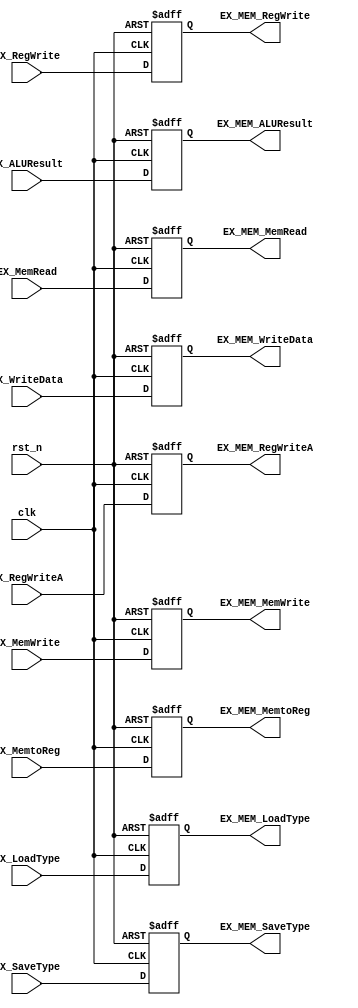
module EX_MEM(
	input clk,
	input rst_n,
	input EX_RegWrite,
	input EX_MemRead,
	input EX_MemWrite,
	input EX_MemtoReg,
	input [31:0]EX_WriteData,
	input [4:0]EX_RegWriteA,//
	input [31:0]EX_ALUResult,
	input [3:0]EX_LoadType,
	input [2:0]EX_SaveType,
	output reg EX_MEM_RegWrite,
	output reg EX_MEM_MemRead,
	output reg EX_MEM_MemWrite,
	output reg EX_MEM_MemtoReg,
	output reg [4:0]EX_MEM_RegWriteA,//
	output reg [31:0]EX_MEM_ALUResult,
	output reg [31:0]EX_MEM_WriteData,
	output reg [3:0]EX_MEM_LoadType,
	output reg [2:0]EX_MEM_SaveType
    );
always@(posedge clk or negedge rst_n)
	if(~rst_n) begin
		EX_MEM_RegWrite<=0;
		EX_MEM_MemRead<=0;
		EX_MEM_MemWrite<=0;
		EX_MEM_MemtoReg<=0;
		EX_MEM_RegWriteA<=0;
		EX_MEM_ALUResult<=0;
		EX_MEM_WriteData<=0;
		EX_MEM_LoadType<=0;
		EX_MEM_SaveType<=0;
	end
	else begin
		EX_MEM_RegWrite<=EX_RegWrite;
		EX_MEM_MemRead<=EX_MemRead;
		EX_MEM_MemWrite<=EX_MemWrite;
		EX_MEM_MemtoReg<=EX_MemtoReg;
		EX_MEM_RegWriteA<=EX_RegWriteA;
		EX_MEM_ALUResult<=EX_ALUResult;
		EX_MEM_WriteData<=EX_WriteData;
		EX_MEM_LoadType<=EX_LoadType;
		EX_MEM_SaveType<=EX_SaveType;
	end
		
endmodule